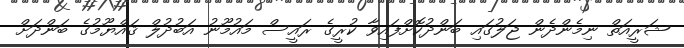
ޝަރީއަތް ނިމެންދެން ޖަލުގައި ބަންދުކޮށްފައިވާ ކުރީގެ ރައީސް މައުމޫނު އަބުދުލް ޤައްޔޫމުގެ ބަންދަށް